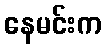
နေမင်းက